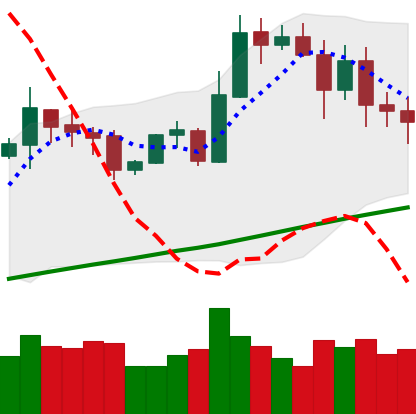
Ticker: ETH-USD
Chart end date: 2020-10-30
Forward return: 5.047%
Label: up_5_7